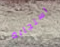
استجابة